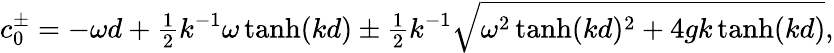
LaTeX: c_{0}^{\pm}=-\omega d+{\textstyle{\frac{1}{2}}}k^{-1}\omega\operatorname{tanh}(kd)\pm{\textstyle{\frac{1}{2}}}k^{-1}\sqrt{\omega^{2}\operatorname{tanh}(kd)^{2}+4gk\operatorname{tanh}(kd)},